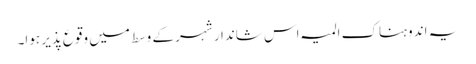
یہ اندوہناک المیہ اس شاندار شہر کے وسط میں وقوع پذیر ہوا۔